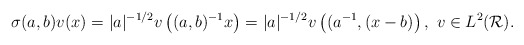
\begin{align*}\sigma(a,b)v(x)=|a|^{-1/2}v\left((a,b)^{-1}x\right)=|a|^{-1/2}v\left((a^{-1},(x-b)\right),\ v\in L^2(\mathcal{R}).\end{align*}